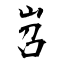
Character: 岧